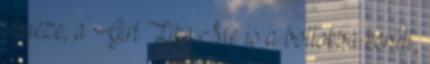
lemeze, a Girl Like Me is a boltokba került,